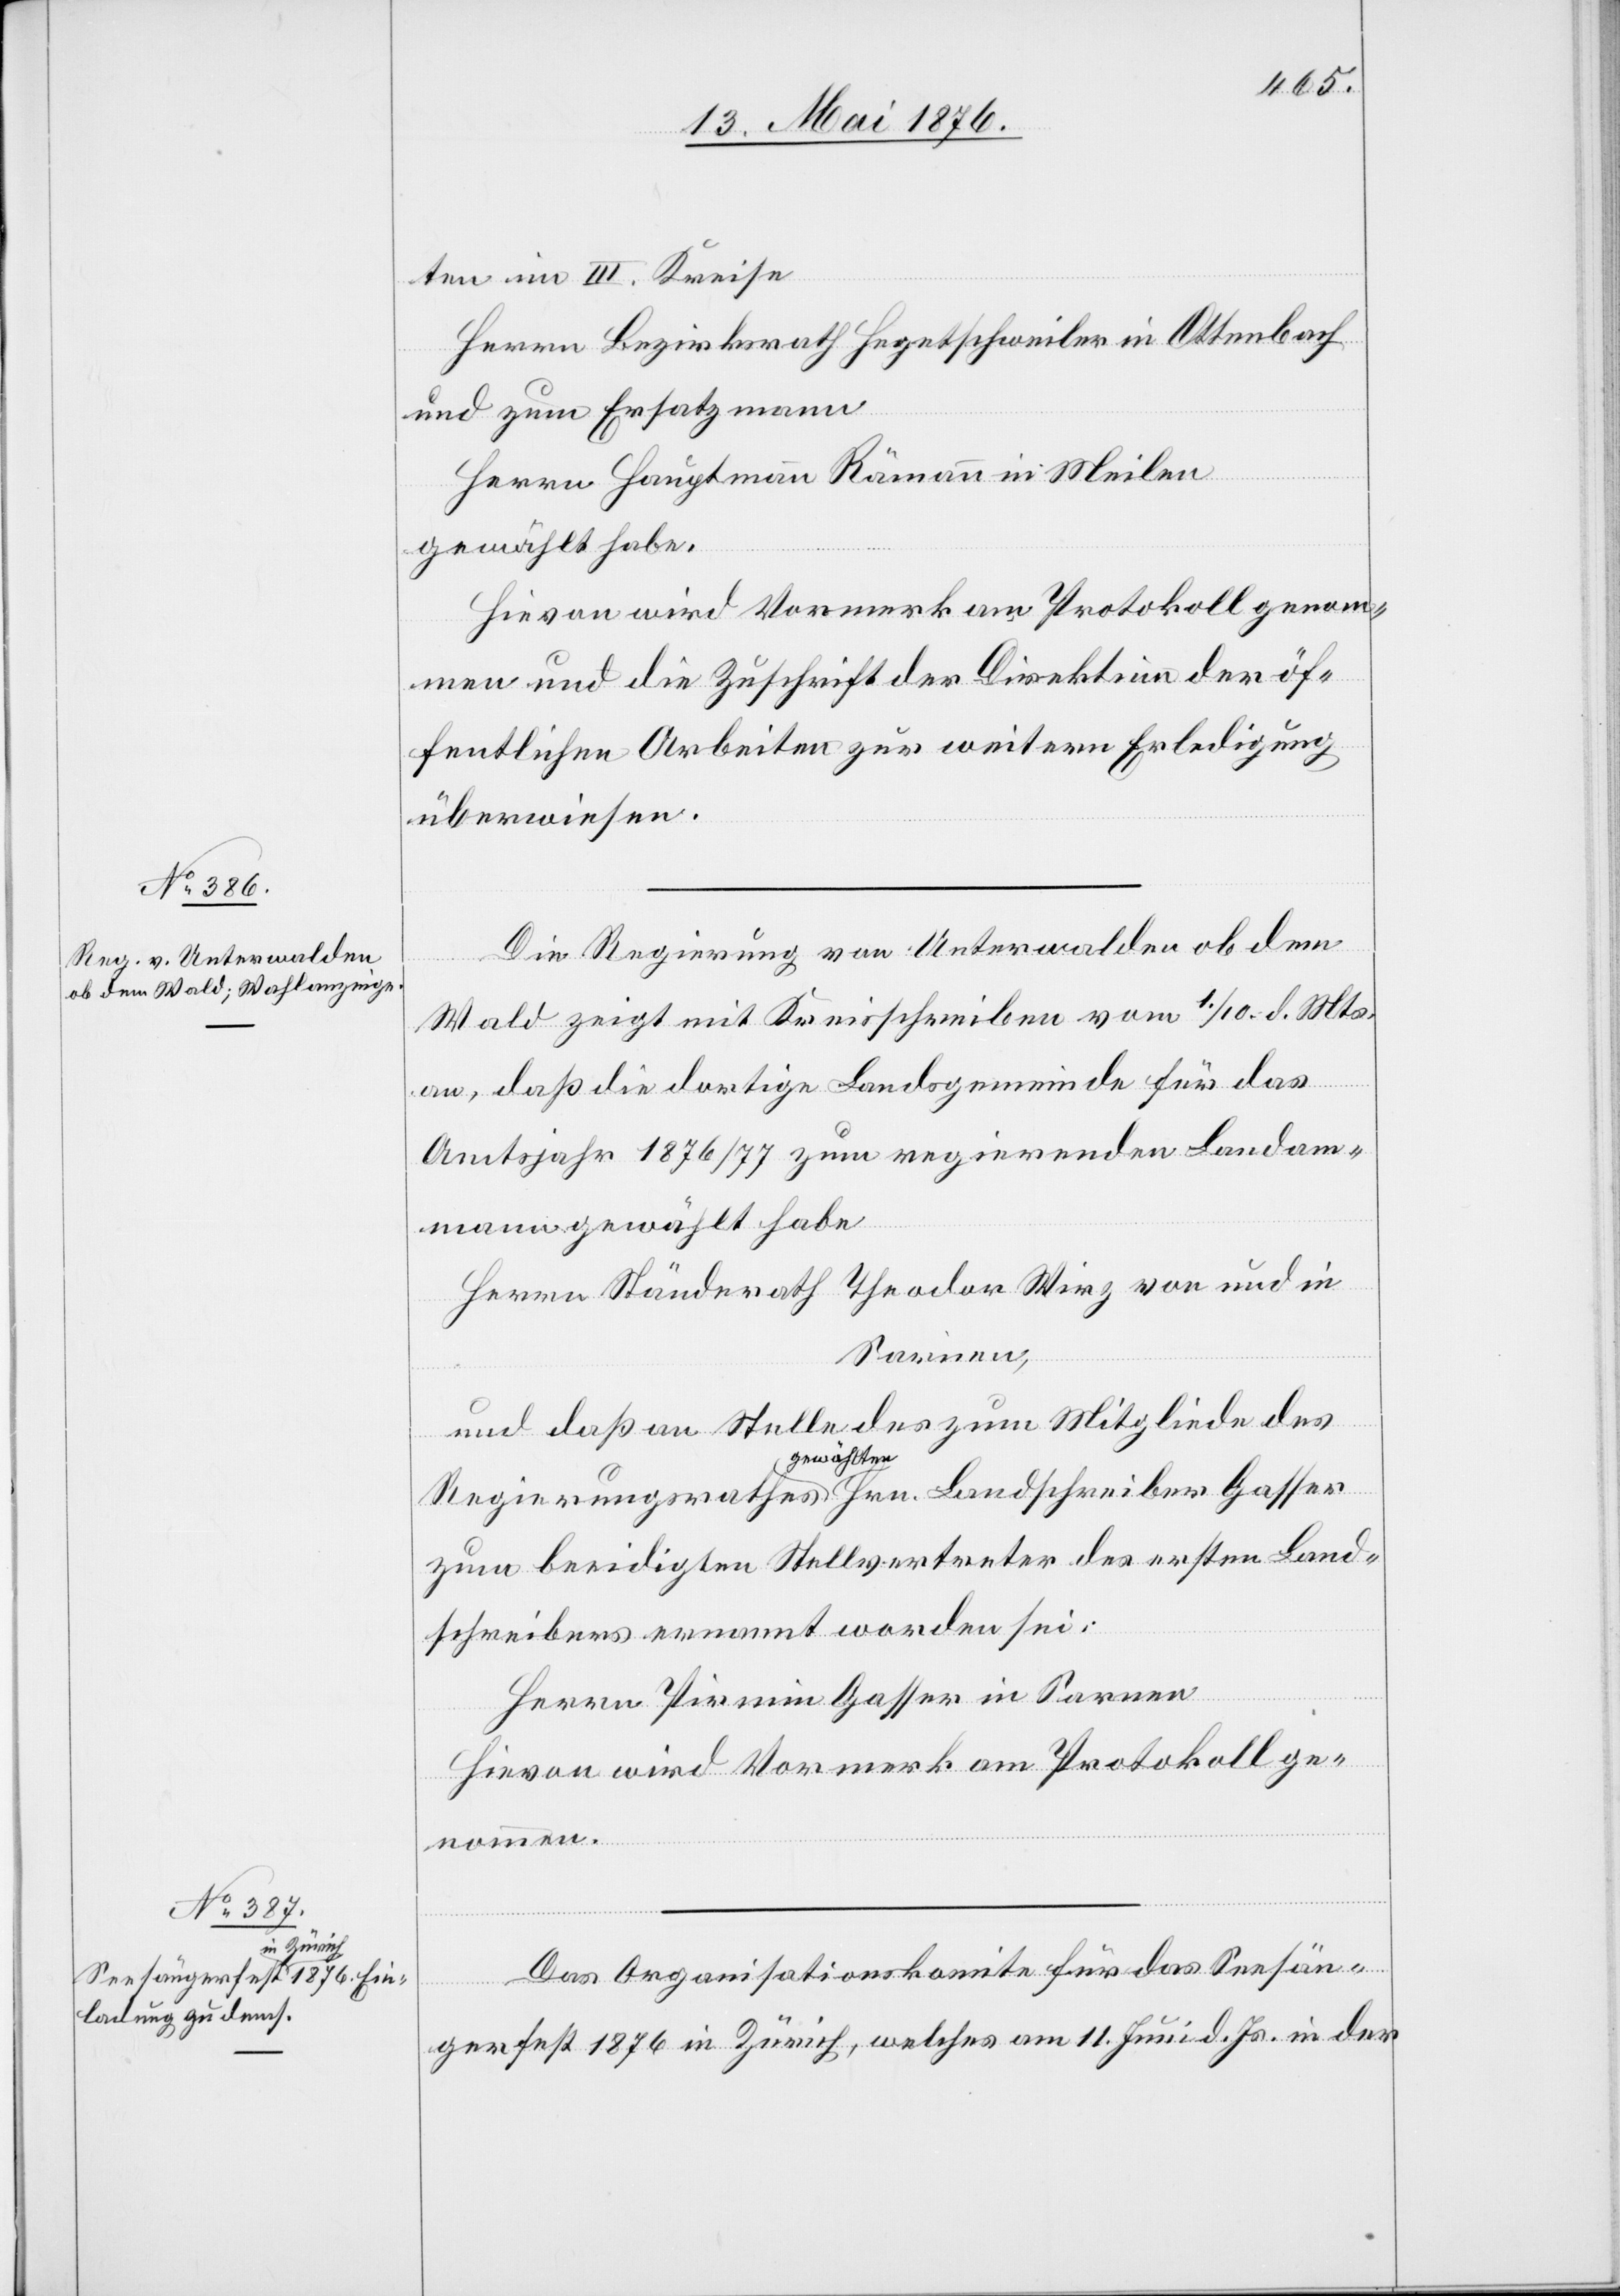
ten im III. Kreise
Herrn Bezirksrath Hegetschweiler in Ottenbach
Hrn.
und zu Ersatzmann
Herrn Hauptmann Rämann in Meilen
gewählt habe.
Hievon wird Vormerk am Protokoll genom¬
men und die Zuschrift der Direktion der öf¬
fentlichen Arbeiten zur weitern Erledigung
überwiesen.
Die Regierung von Unterwalden ob dem
Wald zeigt mit Kreisschreiben vom 1./10. d. Mts.
an, daß die dortige Landsgemeinde für das
Amtsjahr 1876/77 zum regierenden Landam¬
mann gewählt habe
Herrn Ständerath Theodor Wirz von und in
Sarnen,
und daß an Stelle des zum Mitgliede des
gewählten
zum beeidigten Stellvertreter des ersten Land¬
schreibers ernannt worden sei:
Herrn Pirmin Gasser in Sarnen[.]
Hievon wird Vormerk am Protokoll ge¬
nommen.
Das Organisationskomite für das Seesän¬
gerfest 1876 in Zürich, welches am 11. Juni d. Js. in der